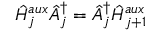
\hat { H } _ { j } ^ { a u x } \hat { A } _ { j } ^ { \dagger } = \hat { A } _ { j } ^ { \dagger } \hat { H } _ { j + 1 } ^ { a u x }